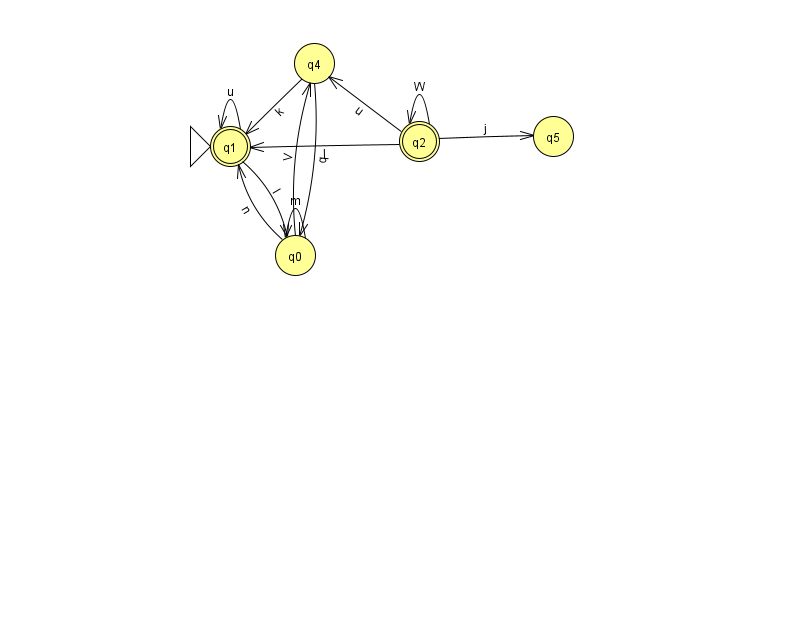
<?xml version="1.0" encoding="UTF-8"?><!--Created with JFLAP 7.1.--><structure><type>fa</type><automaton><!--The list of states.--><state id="0" name="q0"><x>295.0</x><y>242.0</y></state><state id="1" name="q1"><x>230.0</x><y>133.0</y><initial/><final/></state><state id="2" name="q2"><x>419.0</x><y>128.0</y><final/></state><state id="4" name="q4"><x>314.0</x><y>50.0</y></state><state id="5" name="q5"><x>553.0</x><y>123.0</y></state><!--The list of transitions.--><transition><from>2</from><to>5</to><read>j</read></transition><transition><from>4</from><to>0</to><read>q</read></transition><transition><from>1</from><to>1</to><read>u</read></transition><transition><from>2</from><to>1</to><read>l</read></transition><transition><from>0</from><to>4</to><read>V</read></transition><transition><from>2</from><to>2</to><read>W</read></transition><transition><from>0</from><to>1</to><read>n</read></transition><transition><from>2</from><to>4</to><read>u</read></transition><transition><from>1</from><to>0</to><read>I</read></transition><transition><from>0</from><to>0</to><read>m</read></transition><transition><from>4</from><to>1</to><read>k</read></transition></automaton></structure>